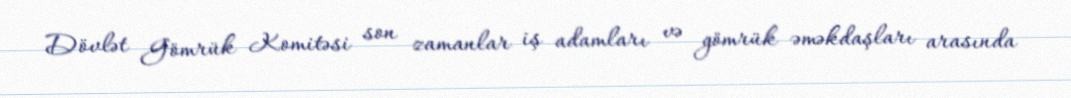
Dövlət Gömrük Komitəsi son zamanlar iş adamları və gömrük əməkdaşları arasında